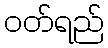
ဝတ်ရည်